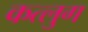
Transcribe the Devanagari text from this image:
कत्लुग